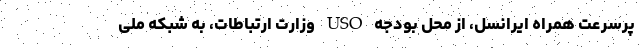
پرسرعت همراه ایرانسل، از محل بودجه USO وزارت ارتباطات، به شبکه ملی